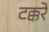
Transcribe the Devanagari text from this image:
टक्करे